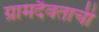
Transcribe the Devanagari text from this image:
ग्रामदैवताची